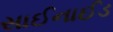
સાઈનાઈડ